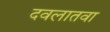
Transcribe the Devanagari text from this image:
दवलातवा